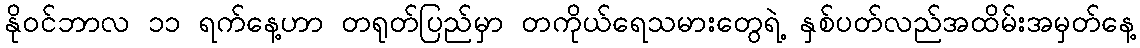
နိုဝင်ဘာလ ၁၁ ရက်နေ့ဟာ တရုတ်ပြည်မှာ တကိုယ်ရေသမားတွေရဲ့ နှစ်ပတ်လည်အထိမ်းအမှတ်နေ့